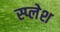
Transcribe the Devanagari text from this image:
स्प्लेश